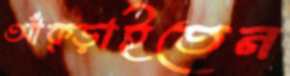
আঁক্‌ড়াইতেন